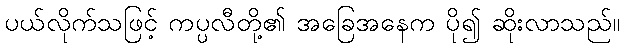
ပယ်လိုက်သဖြင့် ကပ္ပလီတို့၏ အခြေအနေက ပို၍ ဆိုးလာသည်။